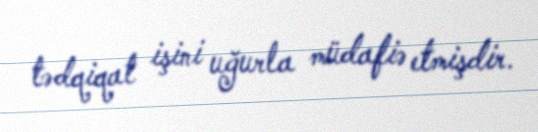
tədqiqat işini uğurla müdafiə etmişdir.